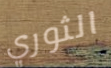
الثوري